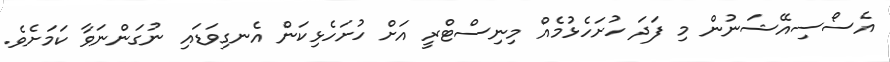
އެސޯސިއޭޝަނުން މި ފަދަ ހުށަހެޅުމެއް މިނިސްޓްރީ އަށް ހުށަހެޅިކަން އެނގިވަޑައި ނުގަންނަވާ ކަމަށެވެ.